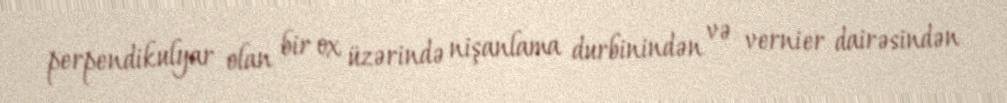
perpendikulyar olan bir ox üzərində nişanlama durbinindən və vernier dairəsindən